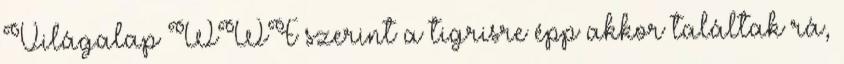
Világalap WWF szerint a tigrisre épp akkor találtak rá,